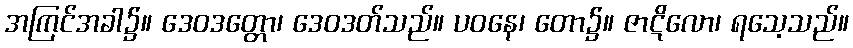
အကြင်အခါ၌။ ဒေဝဒတ္တော၊ ဒေဝဒတ်သည်။ ပဝနေ၊ တော၌။ ဇာဋိလော၊ ရသေ့သည်။